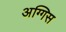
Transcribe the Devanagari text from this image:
अग्गिस